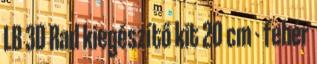
LB 3D Rad kiegészítő kit 20 cm - fehér